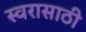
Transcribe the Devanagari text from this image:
स्वरासाठी